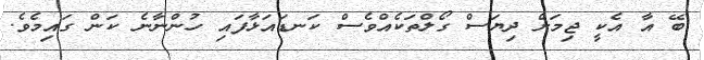
ބޭ އާ އެކީ ޖިމަށް ދިޔަސް ގޯލްތަކެއްވެސް ކަނޑައަޅާފައި ހުންނާނެ ކަން ގައިމެވެ.